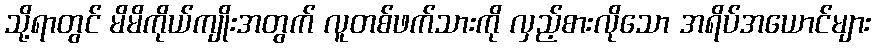
သို့ရာတွင် မိမိကိုယ်ကျိုးအတွက် လူတစ်ဖက်သားကို လှည့်စားလိုသော အရိပ်အယောင်များ